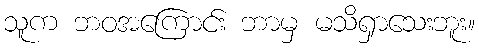
သူက ဘဝအကြောင်း ဘာမှ မသိရှာသေးဘူး။